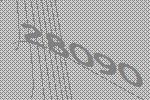
28090